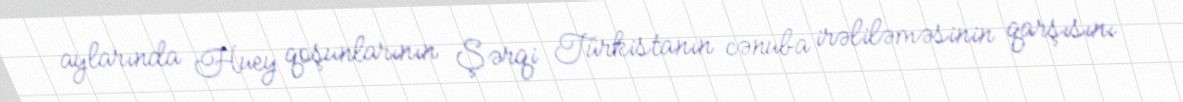
aylarında Huey qoşunlarının Şərqi Türkistanın cənuba irəliləməsinin qarşısını